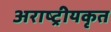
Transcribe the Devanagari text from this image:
अराष्ट्रीयकृत